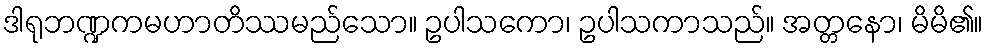
ဒါရုဘဏ္ဍကမဟာတိဿမည်သော။ ဥပါသကော၊ ဥပါသကာသည်။ အတ္တနော၊ မိမိ၏။